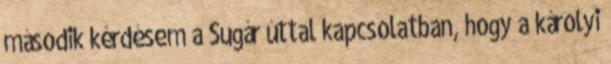
második kérdésem a Sugár úttal kapcsolatban, hogy a károlyi